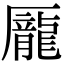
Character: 龎